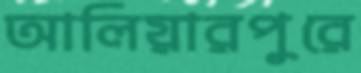
আলিয়ারপুরে